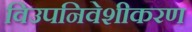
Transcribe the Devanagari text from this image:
विउपनिवेशीकरण